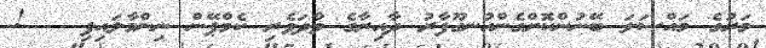
މަރުގެ މައްސަލަ ބޭނުންކޮށްގެންއުނގޫފާރު ދާއިރާގެ ވާދަވެރި ކެމްޕޭން ނިންމާލައިފި   !